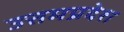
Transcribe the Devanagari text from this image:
उत्तमप्रदेश